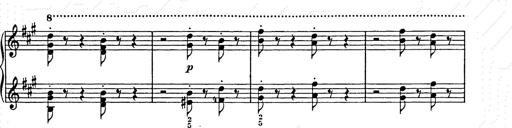
Title: Weihnachtsbaum
Composer: Franz Liszt